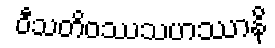
ဝီသတိဝဿသဟဿာနိ